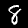
Label: 8